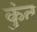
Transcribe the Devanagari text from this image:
कुंत